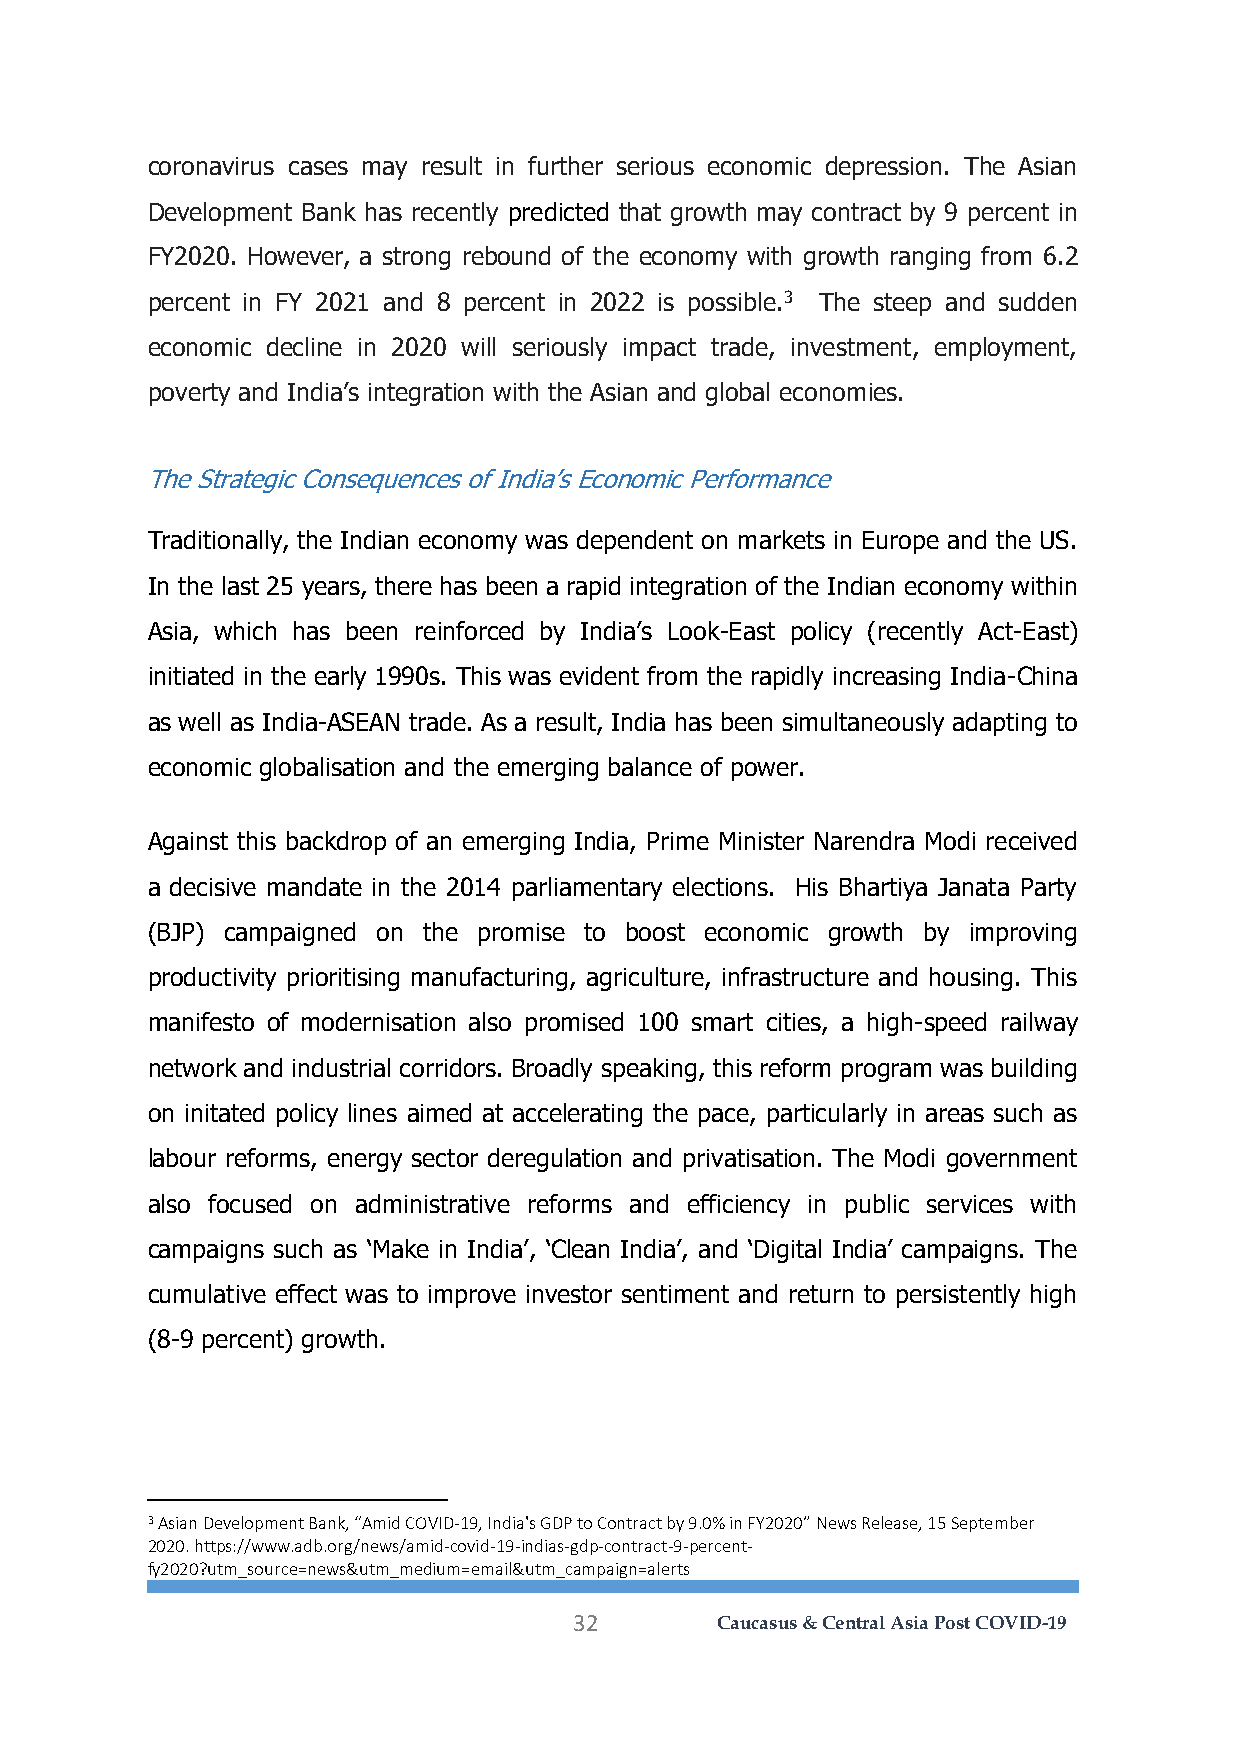
coronavirus cases may result in further serious economic depression. The Asian
 Development Bank has recently predicted that growth may contract by 9 percent in
 FY2020. However, a strong rebound of the economy with growth ranging from 6.2
 percent in FY 2021 and 8 percent in 2022 is possible.3 The steep and sudden
 economic decline in 2020 will seriously impact trade, investment, employment,
 poverty and India’s integration with the Asian and global economies.
 The Strategic Consequences of India’s Economic Performance
 Traditionally, the Indian economy was dependent on markets in Europe and the US.
 In the last 25 years, there has been a rapid integration of the Indian economy within
 Asia, which has been reinforced by India’s Look-East policy (recently Act-East)
 initiated in the early 1990s. This was evident from the rapidly increasing India-China
 as well as India-ASEAN trade. As a result, India has been simultaneously adapting to
 economic globalisation and the emerging balance of power.
 Against this backdrop of an emerging India, Prime Minister Narendra Modi received
 a decisive mandate in the 2014 parliamentary elections. His Bhartiya Janata Party
 (BJP) campaigned on the promise to boost economic growth by improving
 productivity prioritising manufacturing, agriculture, infrastructure and housing. This
 manifesto of modernisation also promised 100 smart cities, a high-speed railway
 network and industrial corridors. Broadly speaking, this reform program was building
 on initated policy lines aimed at accelerating the pace, particularly in areas such as
 labour reforms, energy sector deregulation and privatisation. The Modi government
 also focused on administrative reforms and efficiency in public services with
 campaigns such as ‘Make in India’, ‘Clean India’, and ‘Digital India’ campaigns. The
 cumulative effect was to improve investor sentiment and return to persistently high
 (8-9 percent) growth.
 3 Asian Development Bank, “Amid COVID-19, India's GDP to Contract by 9.0% in FY2020” News Release, 15 September
 2020. https://www.adb.org/news/amid-covid-19-indias-gdp-contract-9-percent-
 fy2020?utm_source=news&utm_medium=email&utm_campaign=alerts
 32       Caucasus & Central Asia Post COVID-19